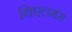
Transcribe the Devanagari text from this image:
थिएलमंस